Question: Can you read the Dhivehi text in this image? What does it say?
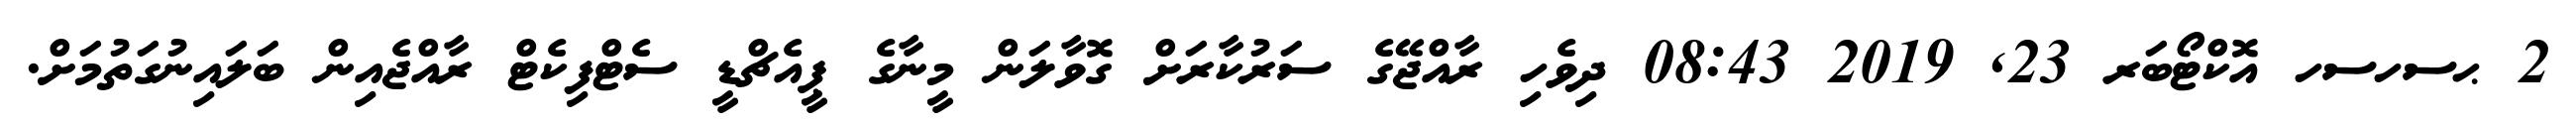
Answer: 2 ޙސހސހ އޮކްޓޯބަރ 23, 2019 08:43 ދިވެހި ރާއްޖޭގެ ސަރުކާރަށް ގޮވާލަން މީނާގެ ޕީއެޗްޑީ ސެޓްފިކެޓް ރާއްޖެއިން ބަލައިނުގަތުމަށް.